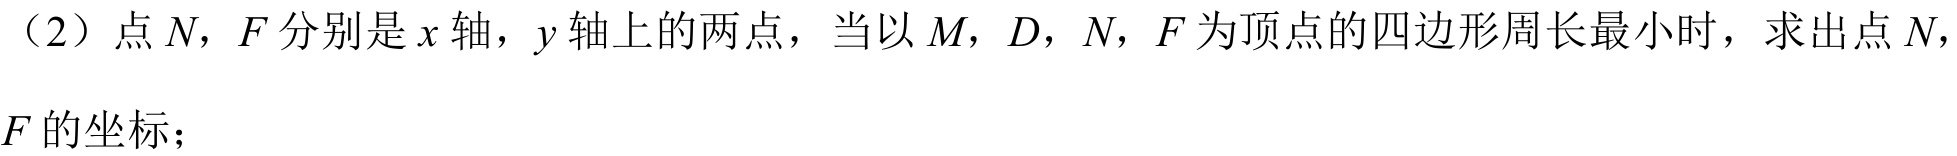
(2) 点 \(N\)，\(F\) 分别是 \(x\) 轴，\(y\) 轴上的两点，当以 \(M\)，\(D\)，\(N\)，\(F\) 为顶点的四边形周长最小时，求出点 \(N\)，
\(F\) 的坐标；